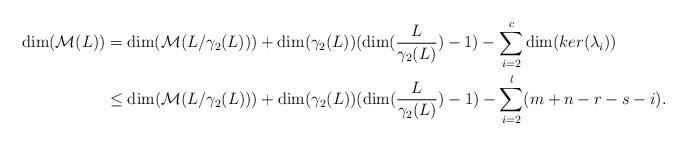
LaTeX: \begin{align*}\dim(\mathcal{M}(L)) &= \dim(\mathcal{M}(L/\gamma_2(L))) + \dim(\gamma_2(L))(\dim (\frac{L}{\gamma_2(L)})-1) - \sum_{i=2}^{c}\dim (ker (\lambda_{i}))\\&\leq\dim(\mathcal{M}(L/\gamma_2(L))) + \dim(\gamma_2(L))(\dim (\frac{L}{\gamma_2(L)})-1) - \sum_{i=2}^{l}(m+n-r-s-i).\end{align*}